Vaccination United Provinces of Agra and Oudh 1923-1928 - 1923-1928
Year: 1923
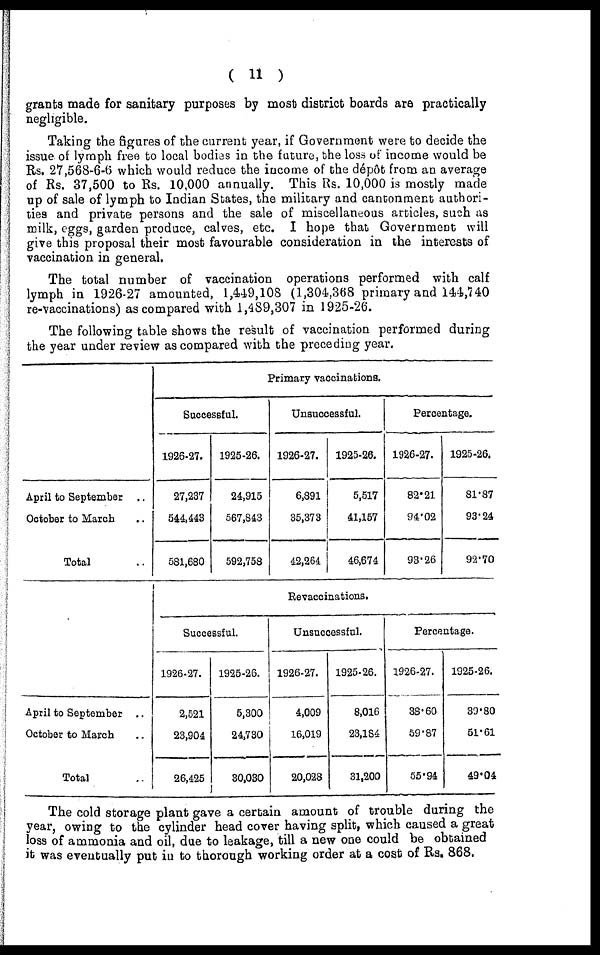
( 11 )
grants made for sanitary purposes by most district boards are practically
negligible.
Taking the figures of the current year, if Government were to decide the
issue of lymph free to local bodies in the future, the loss of income would be
Rs. 27,568-6-6 which would reduce the income of the dépôt from an average
of Rs. 37,500 to Rs. 10,000 annually. This Rs. 10,000 is mostly made
up of sale of lymph to Indian States, the military and cantonment authori-
ties and private persons and the sale of miscellaneous articles, such as
milk, eggs, garden produce, calves, etc. I hope that Government will
give this proposal their most favourable consideration in the interests of
vaccination in general.
The total number of vaccination operations performed with calf
lymph in 1926-27 amounted, 1,449,108 (1,304,368 primary and 144,740
re-vaccinations) as compared with 1,489,307 in 1925-26.
The following table shows the result of vaccination performed during
the year under review as compared with the preceding year.
April to September
..
October to March ..
Total ..
April to September
..
October to March ..
Total ..
Primary vaccinations.
Successful.
1926-27.
27,237
544,443
581,680
1925-26.
24,915
567,843
592,758
Unsuccessful.
1926-27.
6,891
35,373
42,264
1925-26.
5,517
41,157
46,674
Percentage.
1926-27.
82.21
94.02
93.26
1925-26.
81.87
93.24
92.70
Revaccinations.
Successful.
1926-27.
2,521
23,904
26,425
1925-26.
5,300
24,730
30,030
Unsuccessful.
1926-27.
4,009
16,019
20,028
1925-26.
8,016
23,184
31,200
Percentage.
1926-27.
38.60
59.87
55.94
1925-26.
39.80
51.61
49.04
The cold storage plant gave a certain amount of trouble during the
year, owing to the cylinder head cover having split, which caused a great
loss of ammonia and oil, due to leakage, till a new one could be obtained
it was eventually put in to thorough working order at a cost of Rs. 868.